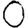
Digit: 0